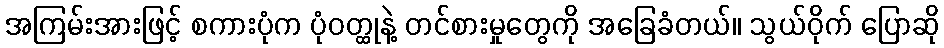
အကြမ်းအားဖြင့် စကားပုံက ပုံဝတ္ထုနဲ့ တင်စားမှုတွေကို အခြေခံတယ်။ သွယ်ဝိုက် ပြောဆို